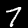
Digit: 7